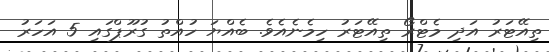
ތިއޭޓަރު އަދި މެޓްރޯ ތިއޭޓަރު ހިމެނެއެވެ. ބެއްޔަ ހުއްތު ގުރޫޕްގައި 5 އަހަރު